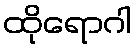
ထိုရောဂါ